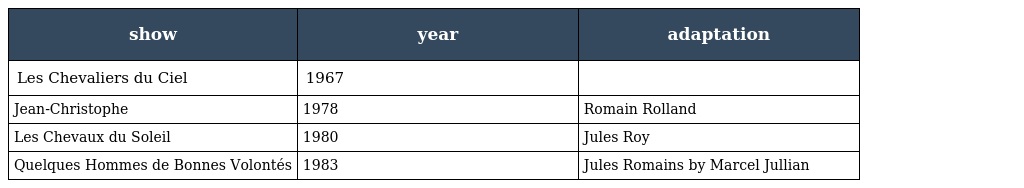
| show | year | adaptation |
 | --- | --- | --- |
 | Les Chevaliers du Ciel | 1967 |  |
 | Jean-Christophe | 1978 | Romain Rolland |
 | Les Chevaux du Soleil | 1980 | Jules Roy |
 | Quelques Hommes de Bonnes Volontés | 1983 | Jules Romains by Marcel Jullian |